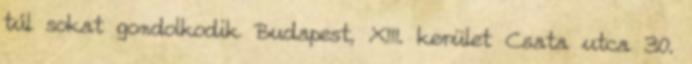
túl sokat gondolkodik Budapest, XIII. kerület Csata utca 30.